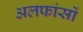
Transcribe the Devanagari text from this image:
अलफांसों